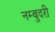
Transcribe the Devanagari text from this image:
नम्बुदरी